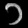
Digit: ၁